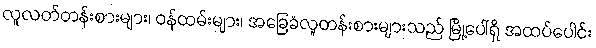
လူလတ်တန်းစားများ၊ ဝန်ထမ်းများ၊ အခြေခံလူတန်းစားများသည် မြို့ပေါ်ရှိ အထပ်ပေါင်း